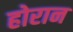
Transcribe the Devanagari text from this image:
होरान